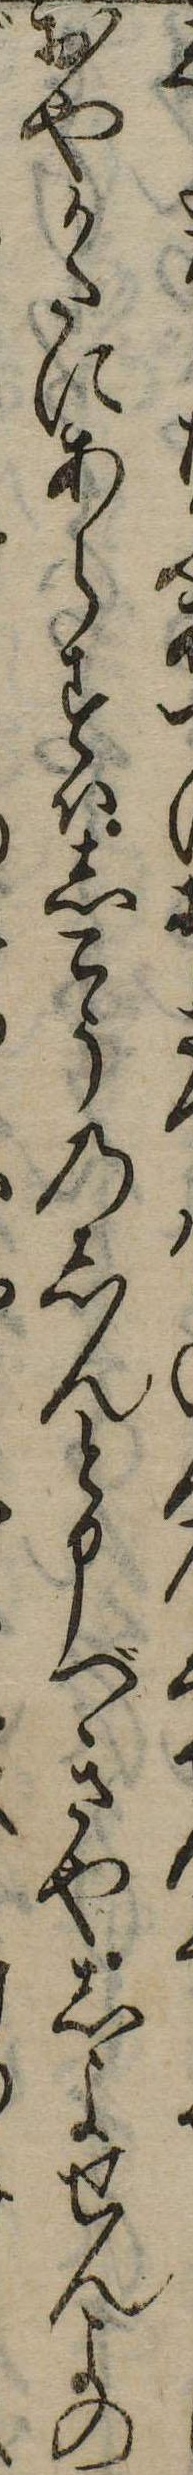
おやかたにあらすはしこうのしんと申べきやしよせんよの